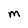
Character: M